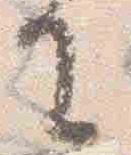
王